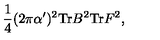
\frac { 1 } { 4 } ( 2 \pi \alpha ^ { \prime } ) ^ { 2 } \mathrm { T r } B ^ { 2 } \mathrm { T r } F ^ { 2 } ,